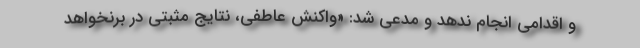
و اقدامی انجام ندهد و مدعی شد: «واکنش عاطفی، نتایج مثبتی در برنخواهد